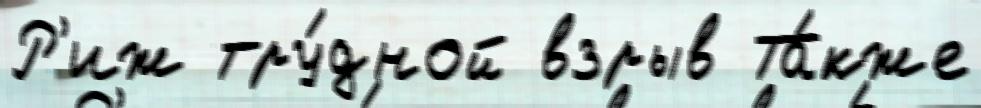
Р'иж тру́дной взрыв Та́кже